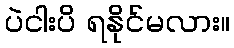
ပဲငါးပိ ရနိုင်မလား။